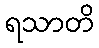
ရသာတိ